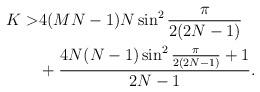
LaTeX: \begin{align*}K> & 4(MN-1)N\sin^2\frac{\pi}{2(2N-1)}\\ & +\frac{4N(N-1)\sin^2 \frac{\pi}{2(2N-1)}+1}{2N-1}.\end{align*}